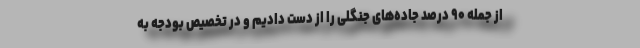
از جمله ۹۰ درصد جاده‌های جنگلی را از دست دادیم و در تخصیص بودجه به